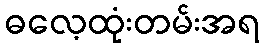
ဓလေ့ထုံးတမ်းအရ